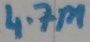
Text: 4.7M